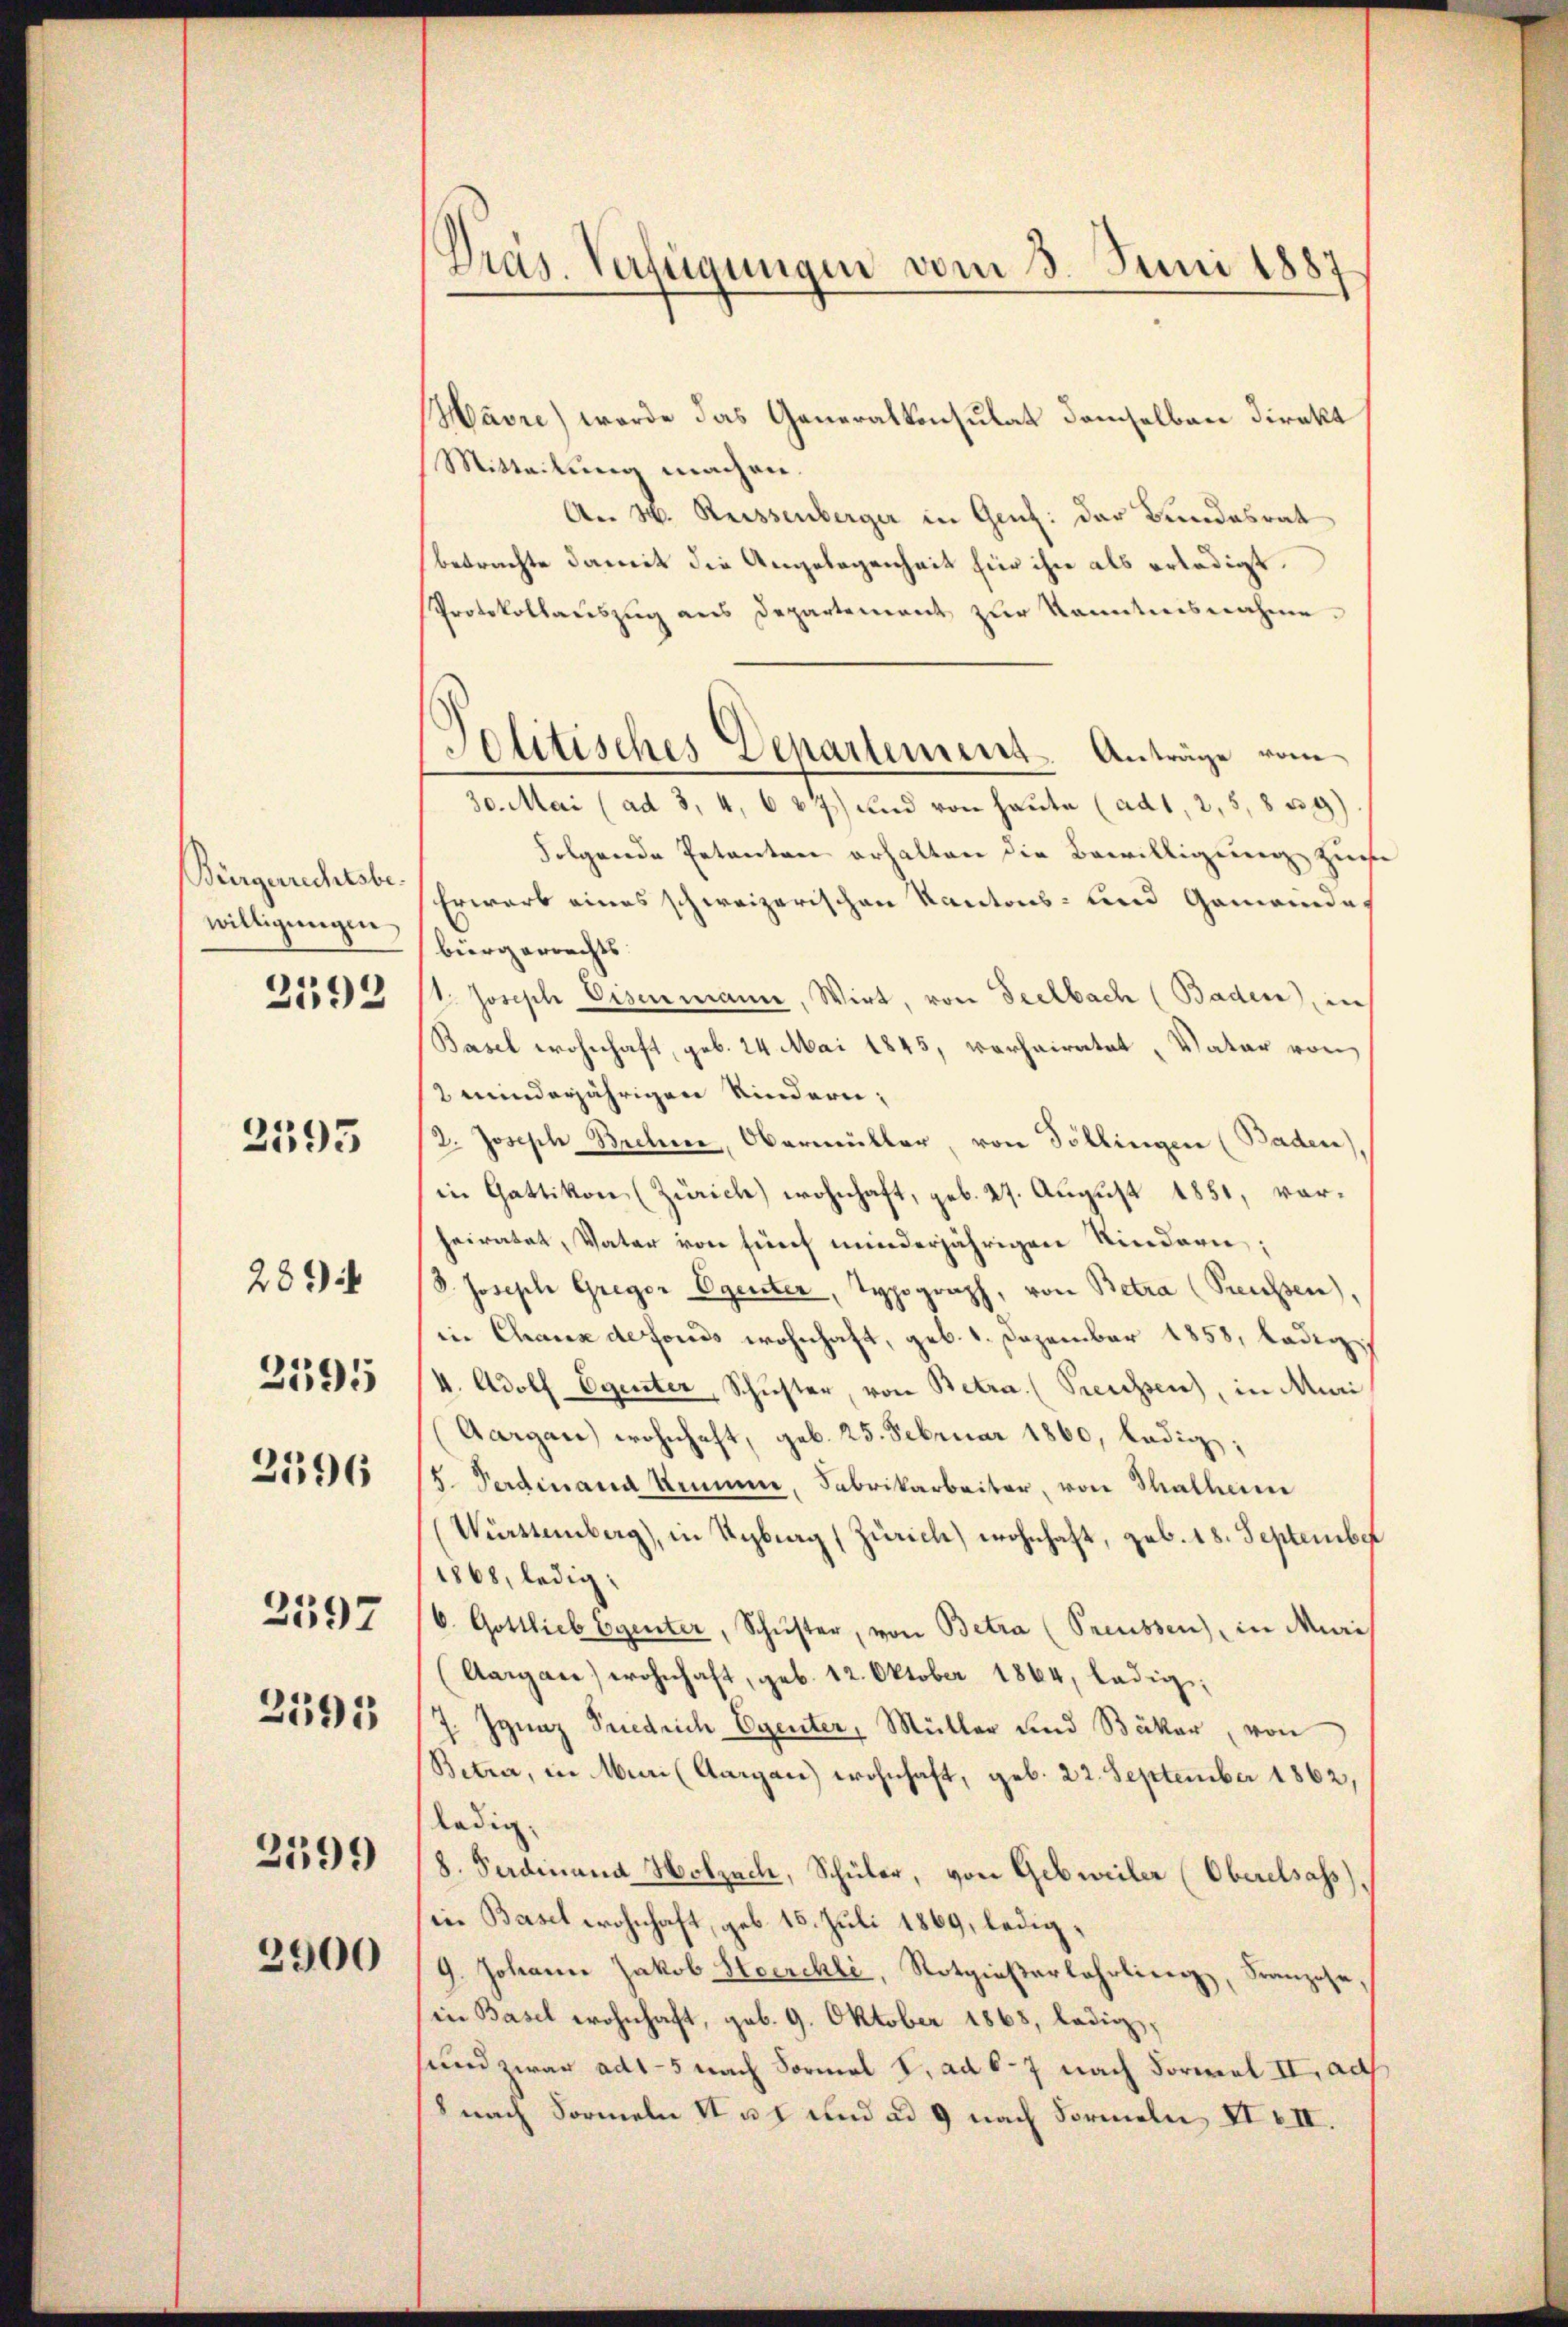
Bürgerrechtsbe
willigungen
2592

2395

289 f
2597
2595
2399
2900

2595

2596

Pras. Verfügungen vom 3. Juni 1887

Havre) werde das Generalkonsulat demselben direkt
Mitteilung machen.
An 8. Reissenberger in Genz: der Bundesrat
betrachte damit die Angelegenheit für ihre als erledigt.
Protokollauszug aus Departement zur kanntnisnahme.
30. Mai (ad 3, 4, 687) und von heute (ad 1, 2, 5, 839)
Folgende Petenten erhalten die Bewilligung zuge
Erwarb eines schweizerischen Kantons- und Gemeindes
bürgerrechts. |
1. Joseph Eisenmann, Wirt, von Seelbach (Baden, in
Basel wohnhaft, geb. 24. Mai 1845, verheiratet, Vater von
2 minderjährigen Kindern;
/2. Joseph Brehme, Obermüller, von Pöllingen (Baden),
in Gattikon (Zürich) wohnhaft, geb. 27. August 1851, vorheiratet, Vater von fünf minderjährigen Kindern;
8. Joseph Gregor Egerter, Typograph, von Betra (Preussen),
in Chaux de fonds wohnhaft, geb. 1. Dezember 1858, ledig,
4. Adolf Egenter, Schŭster, von Betra. (Preussen, in Muri
Aargau) wohnhaft, geb. 25. Februar 1860, ledig
8. Ferdinand komme, Fabrikarbeiter, von Thalherre
(Würstemberg), in Sybrag (Zürich) wohnhaft, geb. 18. September
1868, ledig:
6. Gottlieb Egerter, Schŭster, von Betra (Preussen) in Muri
(Aargare) wohnhaft, geb. 12. Oktober 1864, lädig;
J. Ignaz Friedrich Egenter, Müller und Bäker, von
Betra, in Muri (Aargau) wohnhaft, geb. 22. September 1862,
ladig
8. Ferdinand Holzach, Schüler, von Gebweiler (Oberelsass)
in Basel wohnhaft, geb. 15. Juli 1869, ledig¬
9. Johann Jakob Heerehli, Rotgieβarlehrline, Franzose
in Basel wohnhaft, geb. 9. Oktober 1868, ledig,
sund zwar ad1-5 nach Formal S. ad 6-7 nach Formel II adh
8 nach Formeln II u. 1 und ad 9 nach Formeln, XIII.

J
olitisches Departement Anträge vom